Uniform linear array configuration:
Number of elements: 4
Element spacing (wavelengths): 0.75
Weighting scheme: kaiser
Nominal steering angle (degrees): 30
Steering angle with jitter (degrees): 29.187
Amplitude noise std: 0.05
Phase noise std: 0.05

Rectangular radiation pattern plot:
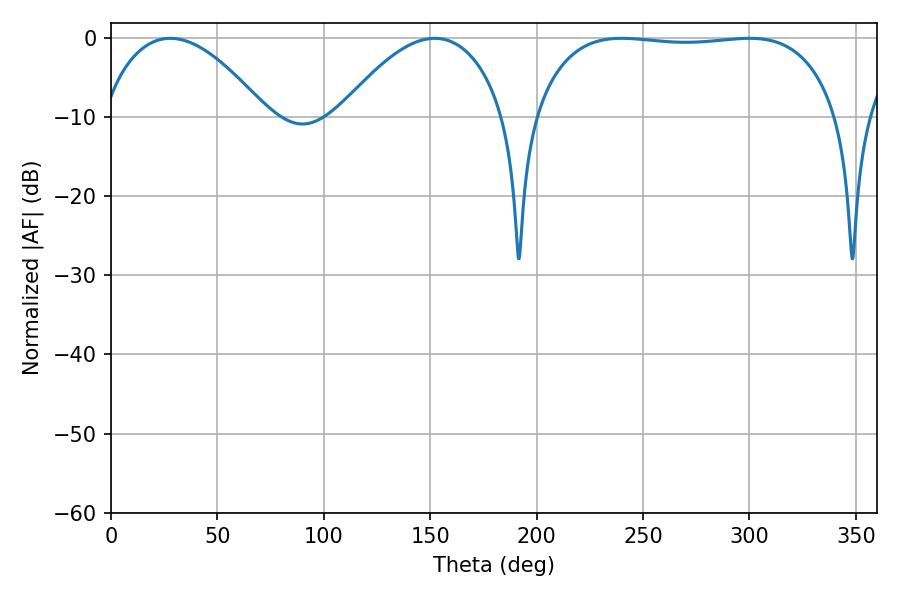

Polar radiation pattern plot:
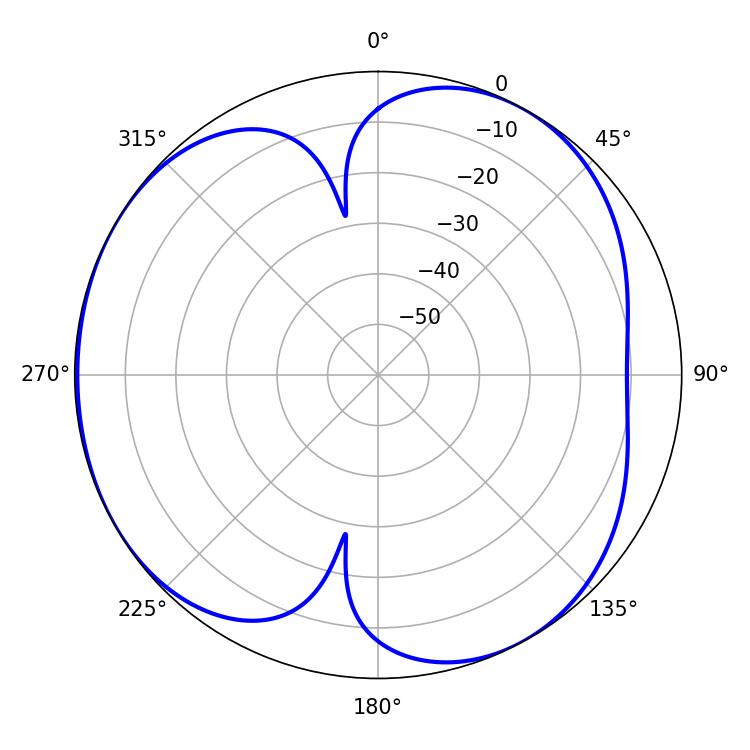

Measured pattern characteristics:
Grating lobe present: TRUE
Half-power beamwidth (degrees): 113.04
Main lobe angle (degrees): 239.94